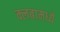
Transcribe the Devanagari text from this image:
क्लबामध्ये